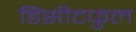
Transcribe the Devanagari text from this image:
डिसीटफुल